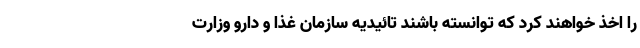
را اخذ خواهند کرد که توانسته باشند تائیدیه سازمان غذا و دارو وزارت